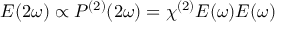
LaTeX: E ( 2 \omega ) \propto P ^ { ( 2 ) } ( 2 \omega ) = \chi ^ { ( 2 ) } E ( \omega ) E ( \omega )